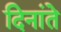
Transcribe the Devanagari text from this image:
दिनांते